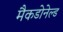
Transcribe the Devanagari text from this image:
मैकडोनेल्ड